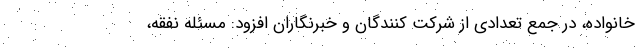
خانواده، در جمع تعدادی از شرکت کنندگان و خبرنگاران افزود: مسئله نفقه،